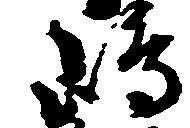
嶋